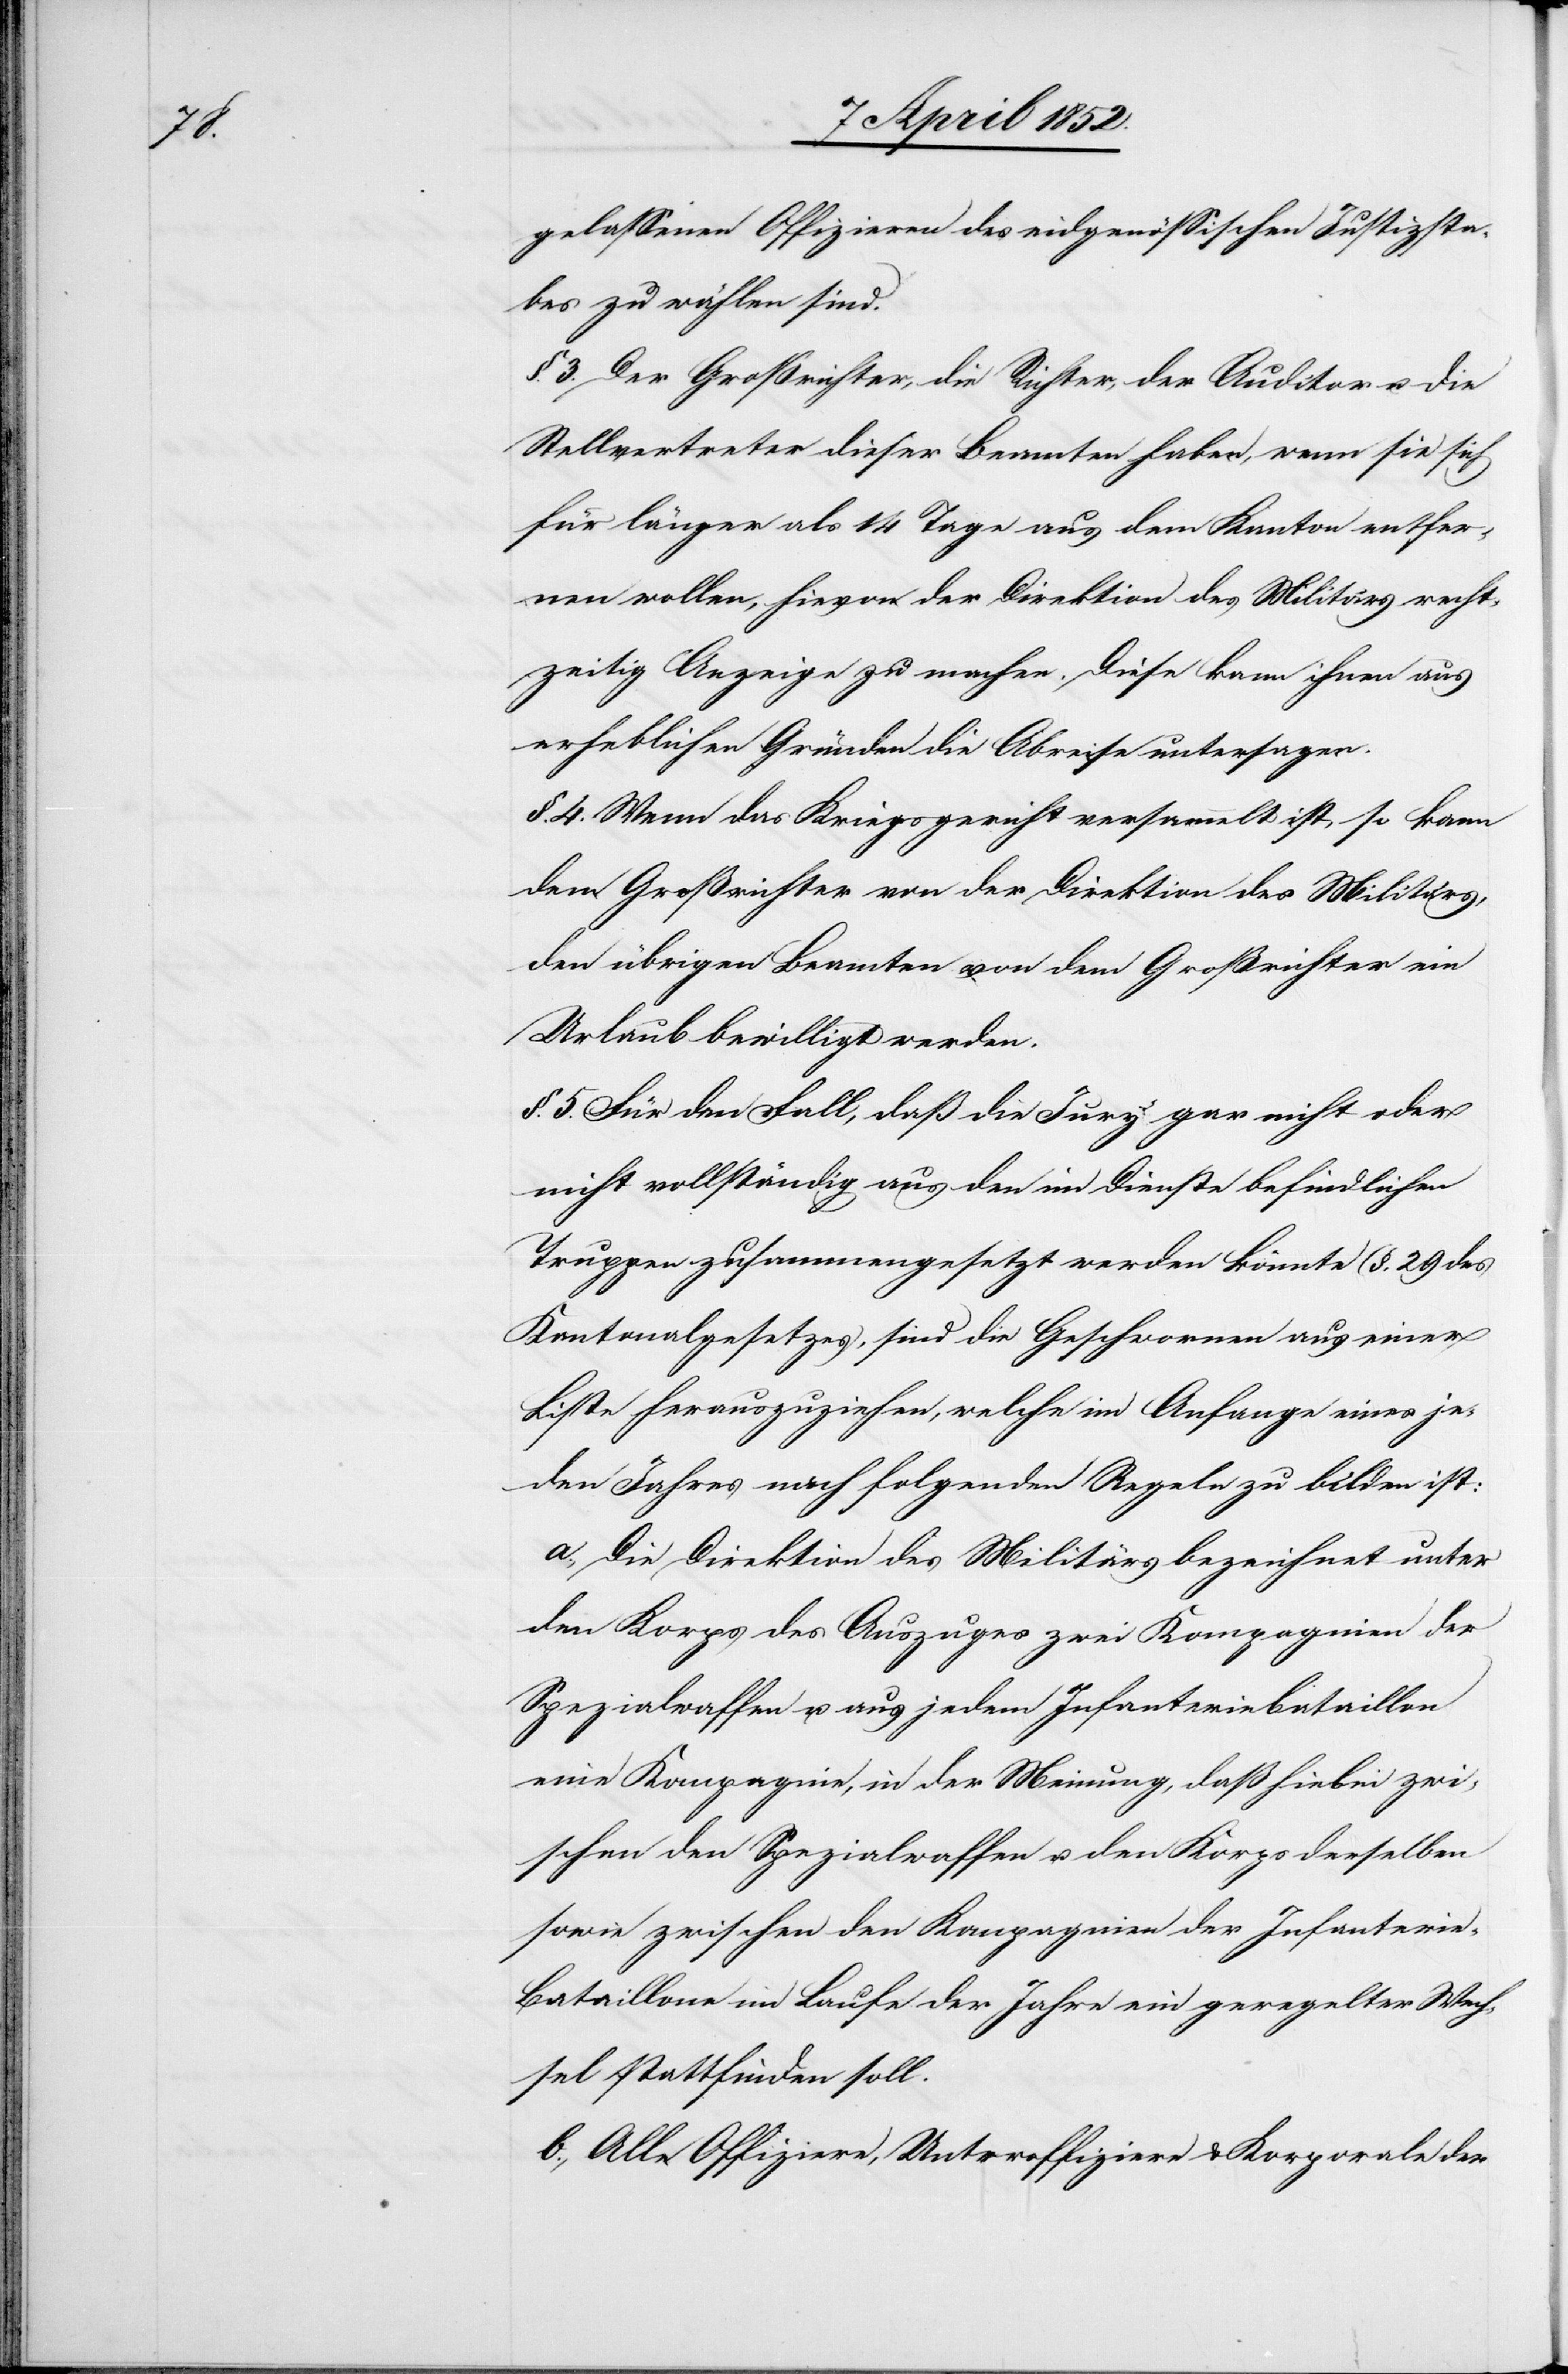
gelassenen Offizieren des eidgenössischen Justizsta¬
bes zu wählen sind.
§. 3. Der Großrichter, die Richter, der Auditor u. die
Stellvertreter dieser Beamten haben, wenn sie sich
für länger als 14 Tage aus dem Kanton entfer¬
nen wollen, hievon der Direktion des Militärs recht¬
zeitig Anzeige zu machen. Diese kann ihnen aus
erheblichen Gründen die Abreise untersagen.
§. 4. Wenn das Kriegsgericht versammelt ist, so kann
dem Großrichter von der Direktion des Militärs,
den übrigen Beamten von dem Großrichter ein
Urlaub bewilligt werden.
§. 5. Für den Fall, daß die Jury gar nicht oder
nicht vollständig aus den im Dienste befindlichen
Truppen zusammengesetzt werden könnte (§. 29 des
Kantonalgesetzes), sind die Geschwornen aus einer
Liste herauszuziehen, welche im Anfange eines je¬
den Jahres nach folgenden Regeln zu bilden ist:
a., Die Direktion des Militärs bezeichnet unter
den Korps des Auszuges zwei Kompagnien der
Spezialwaffen u. aus jedem Infanteriebataillon
eine Kompagnie, in der Meinung, daß hiebei zwi¬
schen den Spezialwaffen u. den Korps derselben
sowie zwischen den Kompagnien der Infanteri¬
e-Bataillone im Laufe der Jahre ein geregelter Wech¬
sel stattfinden soll.
b., Alle Offiziere, Unteroffiziere & Korporale der